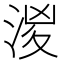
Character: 𣶧